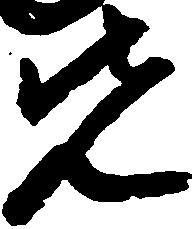
先